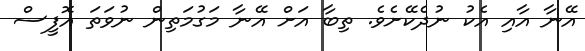
އޭނާ އާއި އެކު ނުދެކޭށެވެ. ތިބާ އަށް އޭނާ މަގުމަތިން ނުވަތަ އޮފީސް